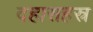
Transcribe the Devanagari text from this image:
दहासहस्र